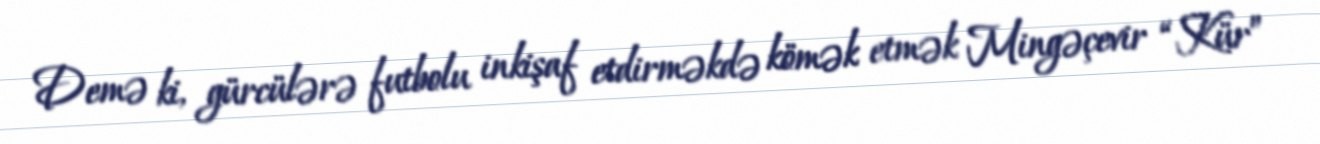
Demə ki, gürcülərə futbolu inkişaf etdirməkdə kömək etmək Mingəçevir “Kür”